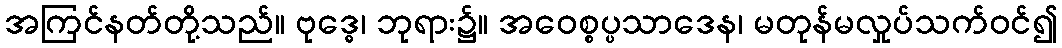
အကြင်နတ်တို့သည်။ ဗုဒ္ဓေ၊ ဘုရား၌။ အဝေစ္စပ္ပသာဒေန၊ မတုန်မလှုပ်သက်ဝင်၍